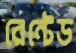
রেন্টেড